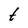
Character: t